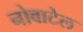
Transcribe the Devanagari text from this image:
नोवाटेल